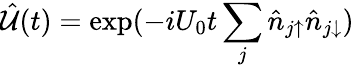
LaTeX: \hat{\mathcal{U}}(t)=\exp(-iU_{0}t\sum_{j}\hat{n}_{j\uparrow}\hat{n}_{j\downarrow})